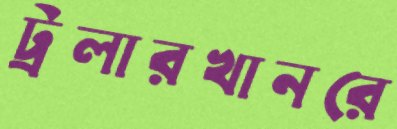
ট্রলারখানরে